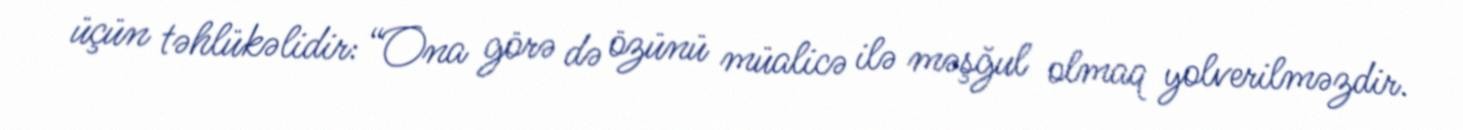
üçün təhlükəlidir: “Ona görə də özünü müalicə ilə məşğul olmaq yolverilməzdir.